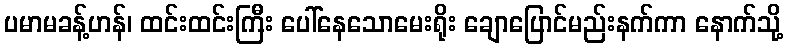
ပမာမခန့်ဟန်၊ ထင်းထင်းကြီး ပေါ်နေသောမေးရိုး ချောပြောင်မည်းနက်ကာ နောက်သို့